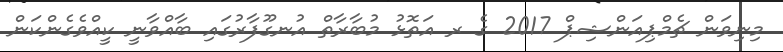
މިނިވަން ޗެމްޕިއަންޝިޕް 2017 ގެ ރ އަތޮޅު މުބާރާތް އުނގޫފާރުގައި ބާއްވާނީ ކީއްވެގެންކަން